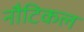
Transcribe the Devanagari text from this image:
नौटिकल